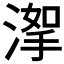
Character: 𣹤